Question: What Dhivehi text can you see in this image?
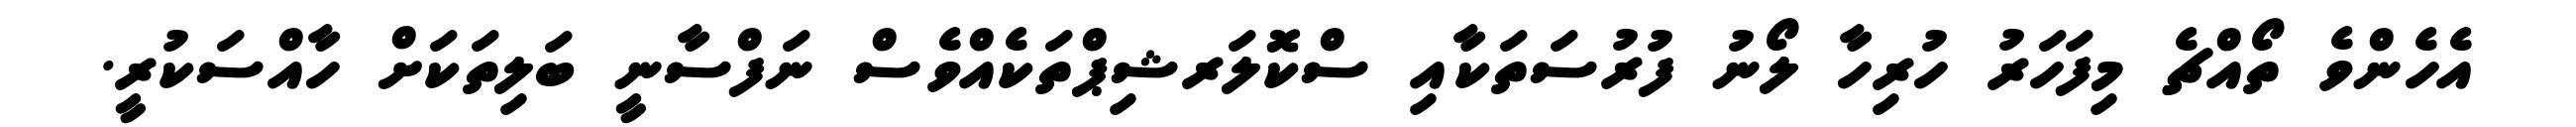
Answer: އެހެންވެ ތޯއްޗެ މިފަހަރު ހުރިހާ ލޯނު ފުރުސަތަކާއި ސްކޮލަރޝިޕްތަކެއްވެސް ނަފްސާނީ ބަލިތަކަށް ހާއްސަކުރީ.